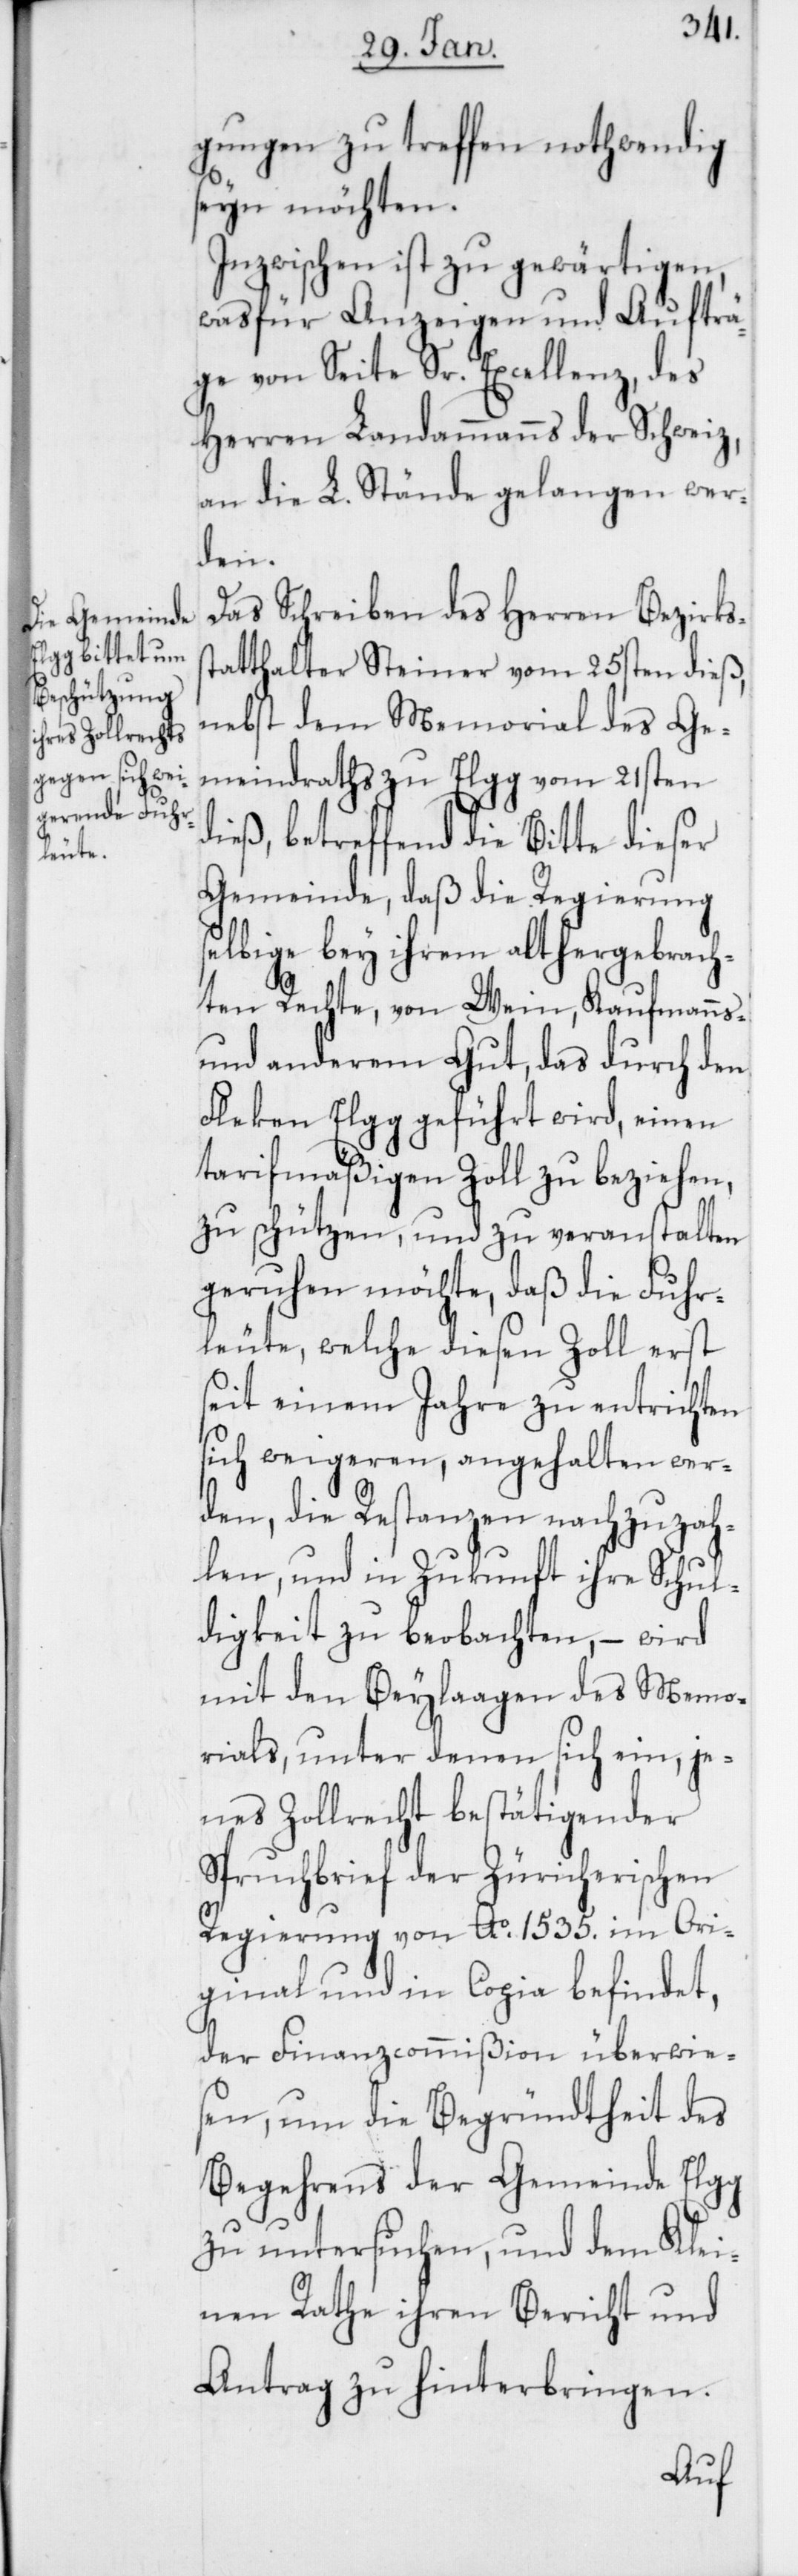
gungen zu treffen nothwendig
seyn möchten.
Inzwischen ist zu gewärtigen,
was für Anzeigen und Aufträ¬
ge von Seite Sr. Excellenz, des
Herren Landammanns der Schweiz,
an die L. Stände gelangen wer¬
den.
Das Schreiben des Herren Bezirks¬
statthalter Steiner vom 25sten dieß,
nebst dem Memorial des Ge¬
meindraths zu Elgg vom 21sten
dieß, betreffend die Bitte dieser
Gemeinde, daß die Regierung
selbige bey ihrem alt hergebrach¬
ten Rechte, von Wein, Kaufmanns-
und anderem Gut, das durch den
Fleken Elgg geführt wird, einen
tarifmäßigen Zoll zu beziehen,
zu schützen und zu veranstalten
geruhen möchte, daß die Fuhr¬
leute, welche diesen Zoll erst
seit einem Jahre zu entrichten
sich weigeren, angehalten wer¬
den, die Restanzen nachzuzah¬
len, und in Zukunft ihre Schul¬
digkeit zu beobachten, – wird
mit den Beylaagen des Memo¬
rials, unter denen sich ein, je¬
nes Zollrecht bestätigender
Spruchbrief der Zürcherischen
Regierung von Ao. 1535. im Ori¬
ginal und in Copia befindet,
der Finanzcommißion überwie¬
sen, um die Begründtheit des
Begehrens der Gemeinde Elgg
zu untersuchen, und dem Klei¬
nen Rathe ihren Bericht und
Antrag zu hinterbringen.